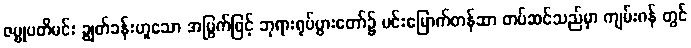
ဇမ္ဗုပတိမင်း ချွတ်ခန်းဟူသော အမြွက်ဖြင့် ဘုရားရုပ်ပွားတော်၌ မင်းမြောက်တန်ဆာ တပ်ဆင်သည်မှာ ကျမ်းဂန် တွင်